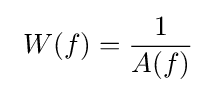
\ W(f)={\frac {1}{A(f)}}